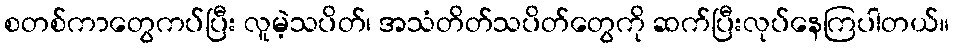
စတစ်ကာတွေကပ်ပြီး လူမဲ့သပိတ်၊ အသံတိတ်သပိတ်တွေကို ဆက်ပြီးလုပ်နေကြပါတယ်။